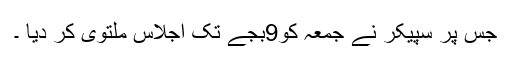
جس پر سپیکر نے جمعہ کو9بجے تک اجلاس ملتوی کر دیا ۔